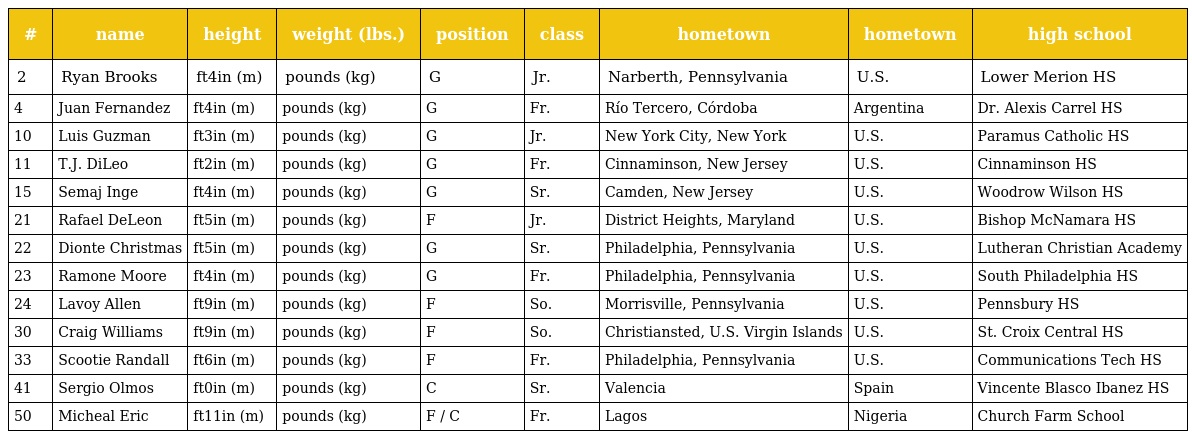
| # | name | height | weight (lbs.) | position | class | hometown | hometown | high school |
 | --- | --- | --- | --- | --- | --- | --- | --- | --- |
 | 2 | Ryan Brooks | ft4in (m) | pounds (kg) | G | Jr. | Narberth, Pennsylvania | U.S. | Lower Merion HS |
 | 4 | Juan Fernandez | ft4in (m) | pounds (kg) | G | Fr. | Río Tercero, Córdoba | Argentina | Dr. Alexis Carrel HS |
 | 10 | Luis Guzman | ft3in (m) | pounds (kg) | G | Jr. | New York City, New York | U.S. | Paramus Catholic HS |
 | 11 | T.J. DiLeo | ft2in (m) | pounds (kg) | G | Fr. | Cinnaminson, New Jersey | U.S. | Cinnaminson HS |
 | 15 | Semaj Inge | ft4in (m) | pounds (kg) | G | Sr. | Camden, New Jersey | U.S. | Woodrow Wilson HS |
 | 21 | Rafael DeLeon | ft5in (m) | pounds (kg) | F | Jr. | District Heights, Maryland | U.S. | Bishop McNamara HS |
 | 22 | Dionte Christmas | ft5in (m) | pounds (kg) | G | Sr. | Philadelphia, Pennsylvania | U.S. | Lutheran Christian Academy |
 | 23 | Ramone Moore | ft4in (m) | pounds (kg) | G | Fr. | Philadelphia, Pennsylvania | U.S. | South Philadelphia HS |
 | 24 | Lavoy Allen | ft9in (m) | pounds (kg) | F | So. | Morrisville, Pennsylvania | U.S. | Pennsbury HS |
 | 30 | Craig Williams | ft9in (m) | pounds (kg) | F | So. | Christiansted, U.S. Virgin Islands | U.S. | St. Croix Central HS |
 | 33 | Scootie Randall | ft6in (m) | pounds (kg) | F | Fr. | Philadelphia, Pennsylvania | U.S. | Communications Tech HS |
 | 41 | Sergio Olmos | ft0in (m) | pounds (kg) | C | Sr. | Valencia | Spain | Vincente Blasco Ibanez HS |
 | 50 | Micheal Eric | ft11in (m) | pounds (kg) | F / C | Fr. | Lagos | Nigeria | Church Farm School |